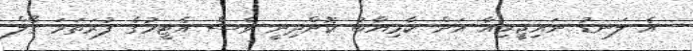
އެ ލަނޑު ނައިޖީރިއާ އަށް ކާމިޔާބު ކޮށްދިނީ ވެސް އެޓީމުގެ ފުރަތަމަ ގޯލް